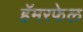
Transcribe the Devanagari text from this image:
हॅमरफेल